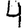
Digit: 4